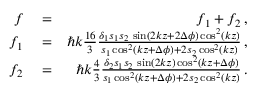
\begin{array} { r l r } { f } & { { } = } & { f _ { 1 } + f _ { 2 } \, , } \\ { f _ { 1 } } & { { } = } & { \hbar k \frac { 1 6 } { 3 } \frac { \delta _ { 1 } s _ { 1 } s _ { 2 } \, \sin ( 2 k z + 2 \Delta \phi ) \cos ^ { 2 } ( k z ) } { s _ { 1 } \cos ^ { 2 } ( k z + \Delta \phi ) + 2 s _ { 2 } \cos ^ { 2 } ( k z ) } \, , } \\ { f _ { 2 } } & { { } = } & { \hbar k \frac { 4 } { 3 } \frac { \delta _ { 2 } s _ { 1 } s _ { 2 } \, \sin ( 2 k z ) \cos ^ { 2 } ( k z + \Delta \phi ) } { s _ { 1 } \cos ^ { 2 } ( k z + \Delta \phi ) + 2 s _ { 2 } \cos ^ { 2 } ( k z ) } \, . } \end{array}